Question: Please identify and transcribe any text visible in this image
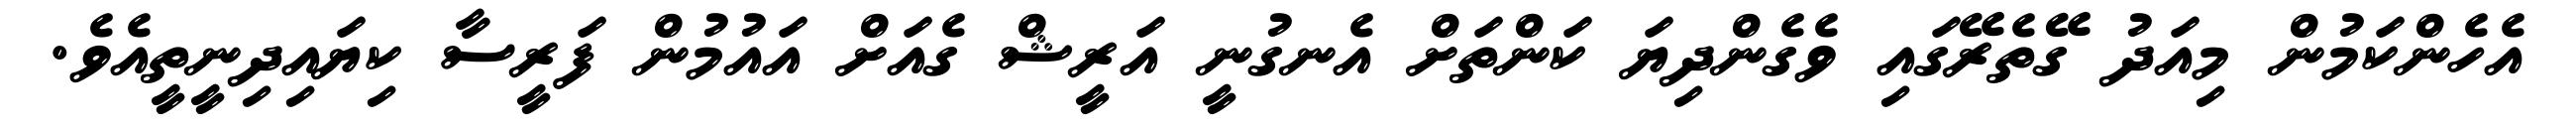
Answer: އެހެންކަމުން މިއަދު ގޭތެރޭގައި ވެގެންދިޔަ ކަންތަށް އެނގުނީ އަރީޝް ގެއަށް އައުމުން ފަރީސާ ކިޔައިދިނީތީއެވެ.